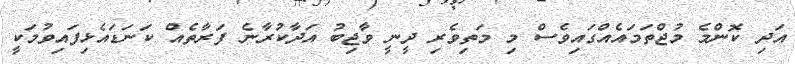
އަދި ކޮންމެ މުޖްތަމައެއްގައިވެސް މި މަތިވެރި ދީނީ ވާޖިބު އަދާކުރާނެ ފަރާތެއް ކަނަޑައެޅިފައިވުމަކީ